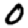
Digit: 0